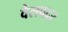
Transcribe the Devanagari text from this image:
वेलवदर